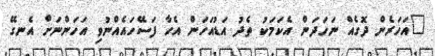
"އަހަރެން ދޮގެއް ނަހަދަން އެކަމަކު ތެދު އަޑުއަހަން އެހާ ފަސޭހައެއްނުވި އަހަންނަށް އެނގޭ